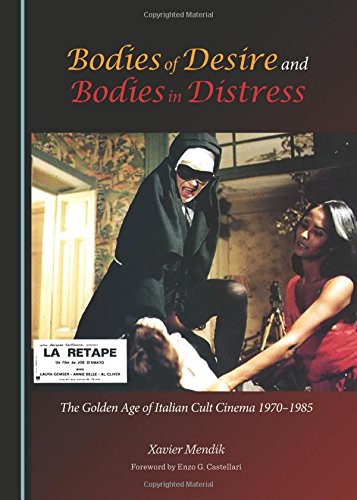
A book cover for Bodies of Desire and Bodies in Distress: The Golden Age of Italian Cult Cinema 1970-1985; Business & Money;